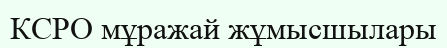
КСРО мұражай жұмысшылары